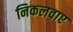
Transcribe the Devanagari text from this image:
निकलवाए